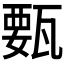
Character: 𰢥